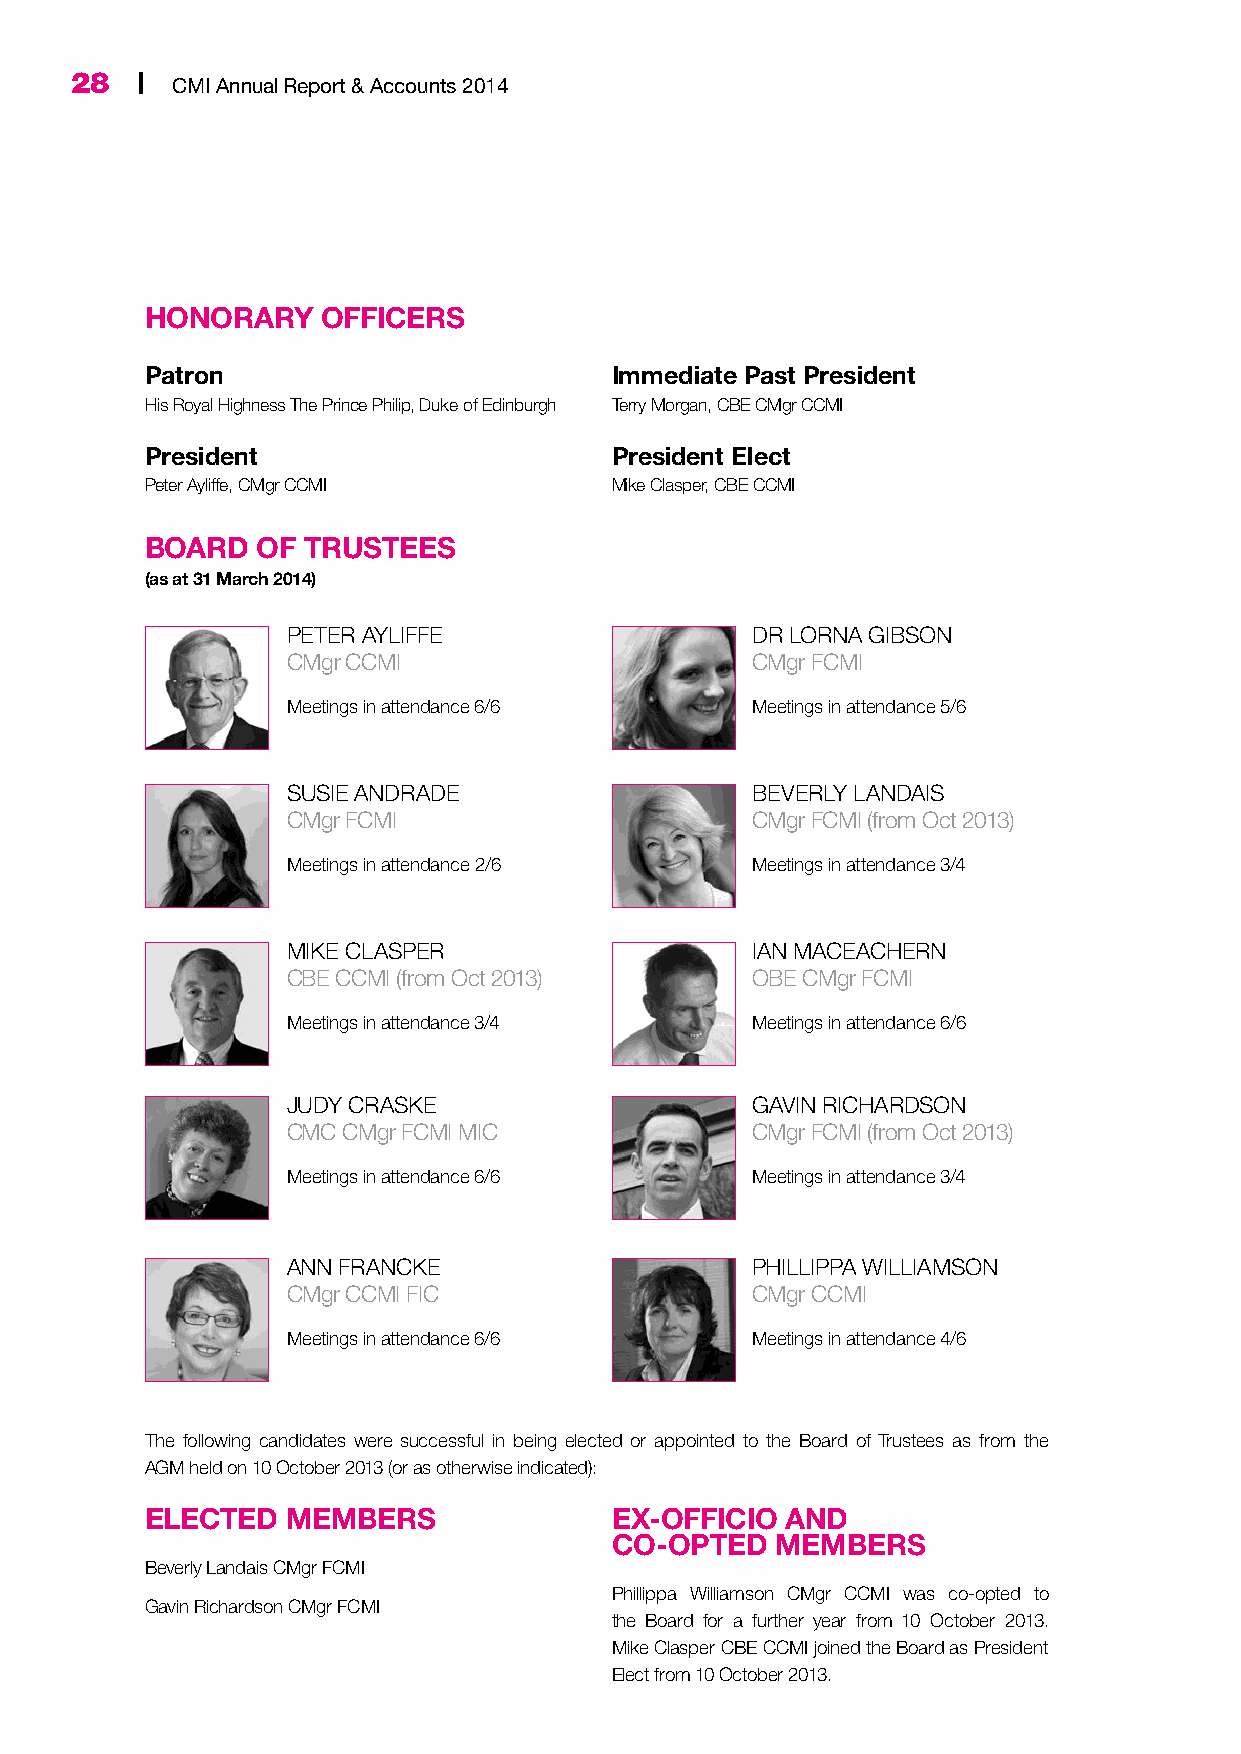
28  | CMI Annual Report & Accounts 2014
 HONORARY   OFFICERS
 Patron                        Immediate Past President
 His Royal Highness The Prince Philip, Duke of Edinburgh Terry Morgan, CBE CMgr CCMI
 President                     President Elect
 Peter Ayliffe, CMgr CCMI      Mike Clasper, CBE CCMI
 BOARD  OF TRUSTEES
 (as at 31 March 2014)
 PETER AYLIFFE                  DR LORNA GIBSON
 CMgr CCMI                      CMgr FCMI
 Meetings in attendance 6/6     Meetings in attendance 5/6
 SUSIE ANDRADE                  BEVERLY LANDAIS
 CMgr FCMI                      CMgr FCMI (from Oct 2013)
 Meetings in attendance 2/6     Meetings in attendance 3/4
 MIKE CLASPER                   IAN MACEACHERN
 CBE CCMI (from Oct 2013)       OBE CMgr FCMI
 Meetings in attendance 3/4     Meetings in attendance 6/6
 JUDY CRASKE                    GAVIN RICHARDSON
 CMC CMgr FCMI MIC              CMgr FCMI (from Oct 2013)
 Meetings in attendance 6/6     Meetings in attendance 3/4
 ANN FRANCKE                    PHILLIPPA WILLIAMSON
 CMgr CCMI FIC                  CMgr CCMI
 Meetings in attendance 6/6     Meetings in attendance 4/6
 The following candidates were successful in being elected or appointed to the Board of Trustees as from the
 AGM held on 10 October 2013 (or as otherwise indicated):
 ELECTED  MEMBERS              EX-OFFICIO  AND
 CO-OPTED   MEMBERS
 Beverly Landais CMgr FCMI
 Phillippa Williamson CMgr CCMI was co-opted to
 Gavin Richardson CMgr FCMI
 the Board for a further year from 10 October 2013.
 Mike Clasper CBE CCMI joined the Board as President
 Elect from 10 October 2013.